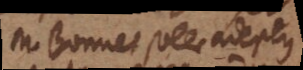
M. Bonnet solle adeptus